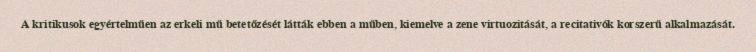
A kritikusok egyértelműen az erkeli mű betetőzését látták ebben a műben, kiemelve a zene virtuozitását, a recitativók korszerű alkalmazását.